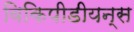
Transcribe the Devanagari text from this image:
विकिपीडीयन्स